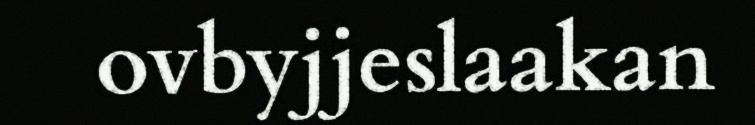
ovbyjjeslaakan